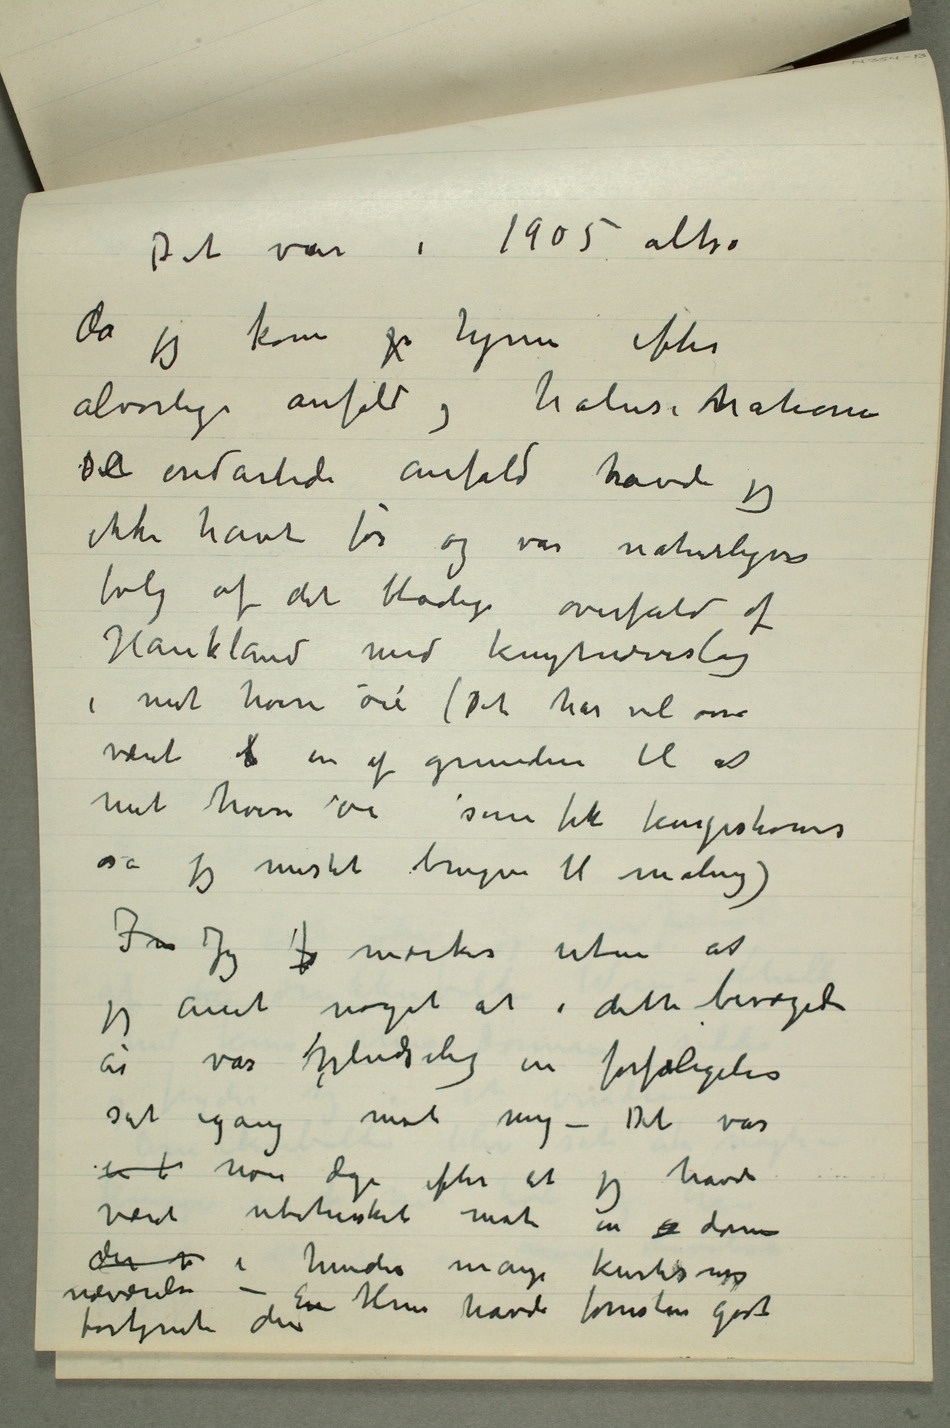
Det var i 1905 altså
da jeg kom j hjem efter
alvorlige anfald og halusinationer
Dete ondartede anfald havde
jeg
ikke havt før og var naturligvis
følg af det blodige overfald af
Haukland med knytneveslag
i mit høire øie (Det har vel osså
været b en af grundene til at
mit høire øie som fik kongestioner
så jeg mistet brugen til maling)
In Jeg f mærker uten at
jeg anet noget at i dette bevægede
år var pludselig en forfølgelse
sat igang mot mig – Det var
en t noen dage efter at jeg havde
været ubehersket mot en  dame
nærværelse – En Hun havde forresten godt
fortjent det